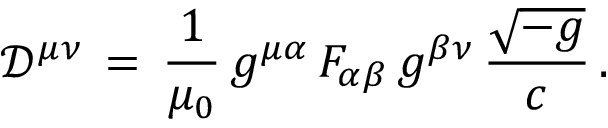
{ \mathcal { D } } ^ { \mu \nu } \, = \, { \frac { 1 } { \mu _ { 0 } } } \, g ^ { \mu \alpha } \, F _ { \alpha \beta } \, g ^ { \beta \nu } \, { \frac { \sqrt { - g } } { c } } \, .